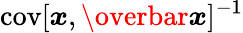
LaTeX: \mathrm{cov}[\boldsymbol{x},\overbar{\boldsymbol{x}}]^{-1}